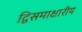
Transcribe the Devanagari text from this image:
द्विसमाक्षारीय